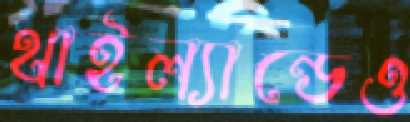
থাইল্যান্ডেও